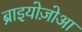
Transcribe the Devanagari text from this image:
ब्राइयोज़ोआ